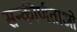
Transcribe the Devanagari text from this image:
सन्कीर्णताओ